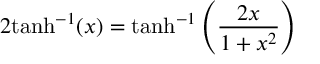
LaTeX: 2 \mathrm { t a n h } ^ { - 1 } ( x ) = \mathrm { t a n h } ^ { - 1 } \left( { \frac { 2 x } { 1 + x ^ { 2 } } } \right)